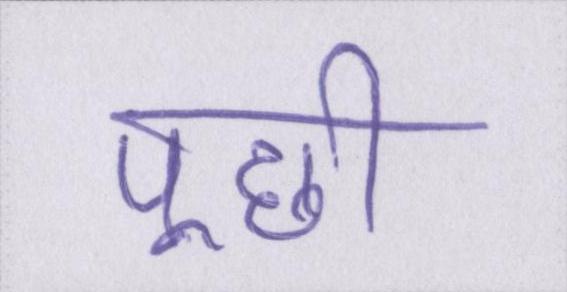
पूछी